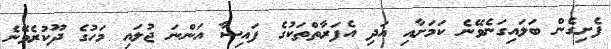
ފެށިގެން ބަލައިގަނެވޭނެ ކަމަށާއި އަދި އެފަރާތްތަކުގެ ފައިސާ އަންނަ ޖުލައި މަހުގެ ދޫކުރެވޭނެ